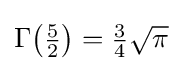
{\textstyle \Gamma {\bigl (}{\tfrac {5}{2}}{\bigr )}={\tfrac {3}{4}}{\sqrt {\pi }}}